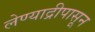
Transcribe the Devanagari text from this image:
लेण्याद्रीपासून